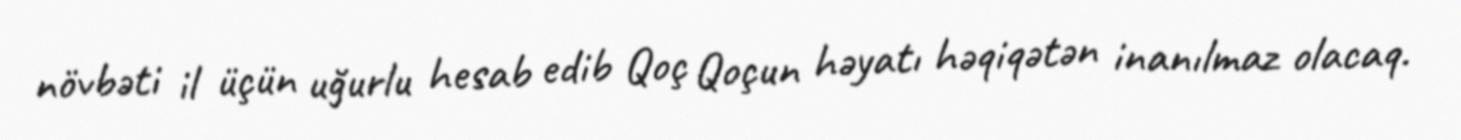
növbəti il üçün uğurlu hesab edib Qoç Qoçun həyatı həqiqətən inanılmaz olacaq.